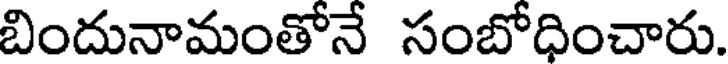
బిందునామంతోనే సంబోధించారు.